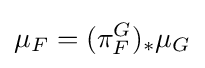
\mu _{F}=(\pi _{F}^{G})_{*}\mu _{G}